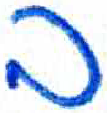
אות: ב